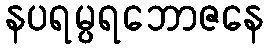
နပရမ္ပရဘောဇနေ